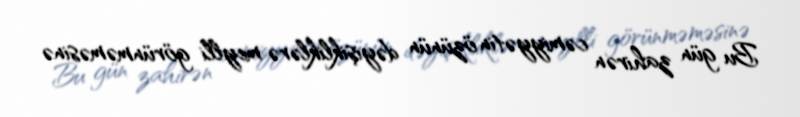
Bu gün zahirən cəmiyyətin özünün dəyişikliklərə meylli görünməməsinə